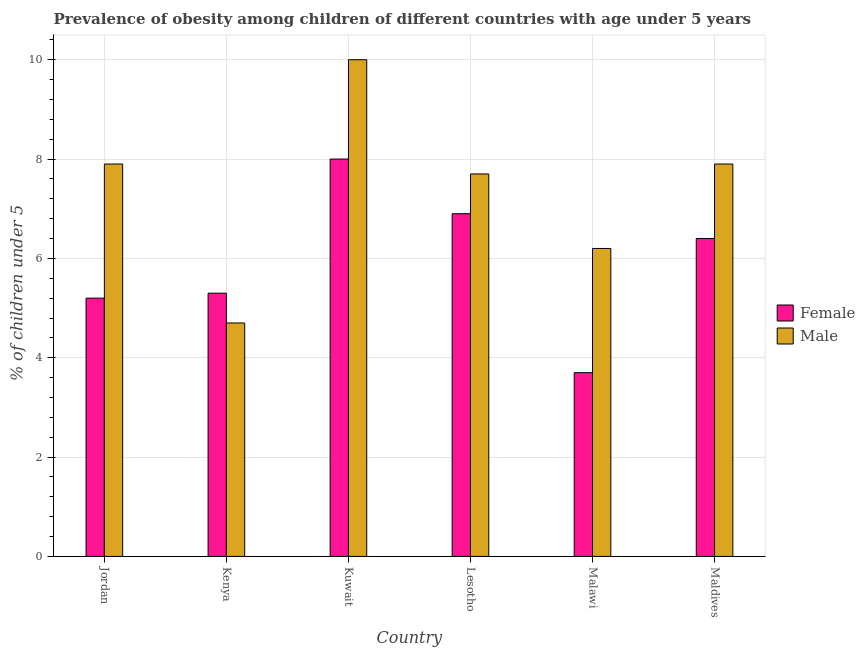
| Country | Female | Male |
 | --- | --- | --- |
 | Jordan | 5.2 | 7.9 |
 | Kenya | 5.3 | 4.7 |
 | Kuwait | 8 | 10 |
 | Lesotho | 6.9 | 7.7 |
 | Malawi | 3.7 | 6.2 |
 | Maldives | 6.4 | 7.9 |